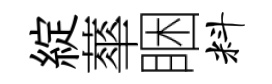
綻蕐睏料